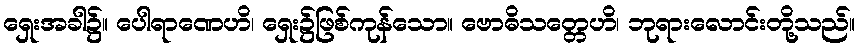
ရှေးအခါ၌။ ပေါရာဏေဟိ၊ ရှေး၌ဖြစ်ကုန်သော။ ဗောဓိသတ္တေဟိ၊ ဘုရားလောင်းတို့သည်။